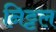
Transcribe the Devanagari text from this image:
निट्टल